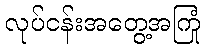
လုပ်ငန်းအတွေ့အကြုံ